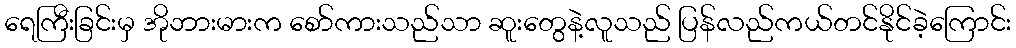
ရေကြီးခြင်းမှ အိုဘားမားက စော်ကားသည်သာ ဆူးတွေနဲ့လူသည် ပြန်လည်ကယ်တင်နိုင်ခဲ့ကြောင်း